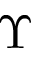
\Upsilon